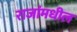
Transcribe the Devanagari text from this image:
राजांमधील